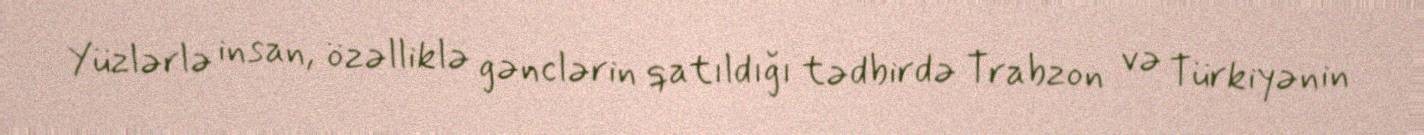
Yüzlərlə insan, özəlliklə gənclərin qatıldığı tədbirdə Trabzon və Türkiyənin